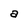
Character: a